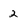
Character: 2